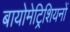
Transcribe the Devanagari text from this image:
बायोमेट्रिशियनों